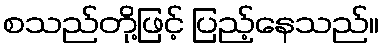
စသည်တို့ဖြင့် ပြည့်နေသည်။